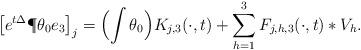
LaTeX: \begin{align*} \bigl[e^{t\Delta}\P\theta_0e_3\bigr]_{j}=\Bigl(\int\theta_0\Bigr)K_{j,3}(\cdot,t)+\sum_{h=1}^3F_{j,h,3}(\cdot,t)*V_h.\end{align*}